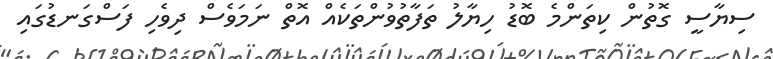
ސިޔާސީ ގޮތުން ކިތަންމެ ބޮޑު ހިޔާލު ތަފާތުވުންތަކެއް އޮތް ނަމަވެސް ދިވެހި ފަސްގަނޑުގައި